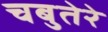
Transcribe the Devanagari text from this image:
चबुतेरे